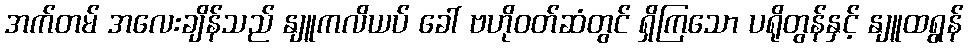
အက်တမ် အလေးချိန်သည် နျူကလိယပ် ခေါ် ဗဟိုဝတ်ဆံတွင် ရှိကြသော ပရိုတွန်နှင့် နျူထရွန်